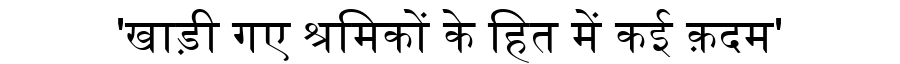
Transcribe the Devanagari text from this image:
'खाड़ी गए श्रमिकों के हित में कई क़दम'